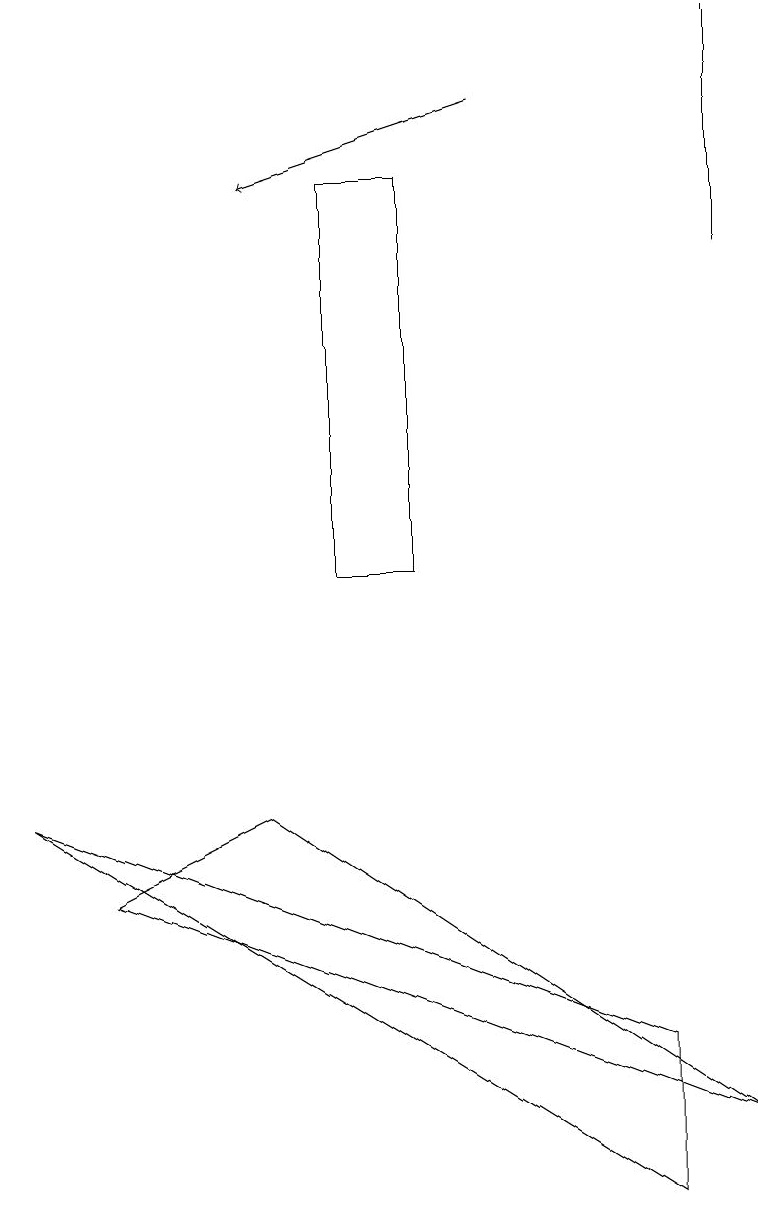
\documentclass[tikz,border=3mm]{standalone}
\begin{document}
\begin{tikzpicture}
\draw (9,5) -- (1,8) -- (3,9) -- cycle;
\draw (5,17) rectangle (4,12);
\draw (9,16) rectangle (9,19);
\draw (0,9) -- (8,4) -- (8,6) -- cycle;
\draw[->] (6,18) -- (3,17);
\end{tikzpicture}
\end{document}